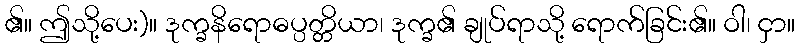
၏။ ဤသို့ပေး)။ ဒုက္ခနိရောဓပ္ပတ္တိယာ၊ ဒုက္ခ၏ ချုပ်ရာသို့ ရောက်ခြင်း၏။ ဝါ၊ ငှာ။